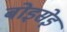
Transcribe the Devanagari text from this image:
बोइसेइ